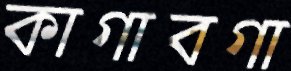
কাগাবগা